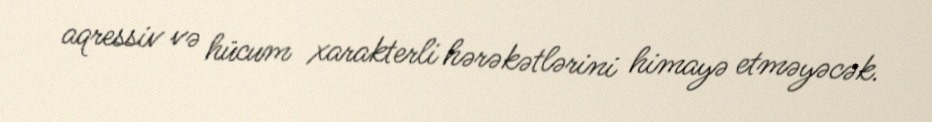
aqressiv və hücum xarakterli hərəkətlərini himayə etməyəcək.